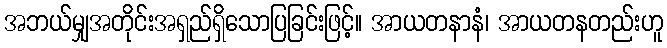
အဘယ်မျှအတိုင်းအရှည်ရှိသောပြခြင်းဖြင့်။ အာယတနာနံ၊ အာယတနတည်းဟူ